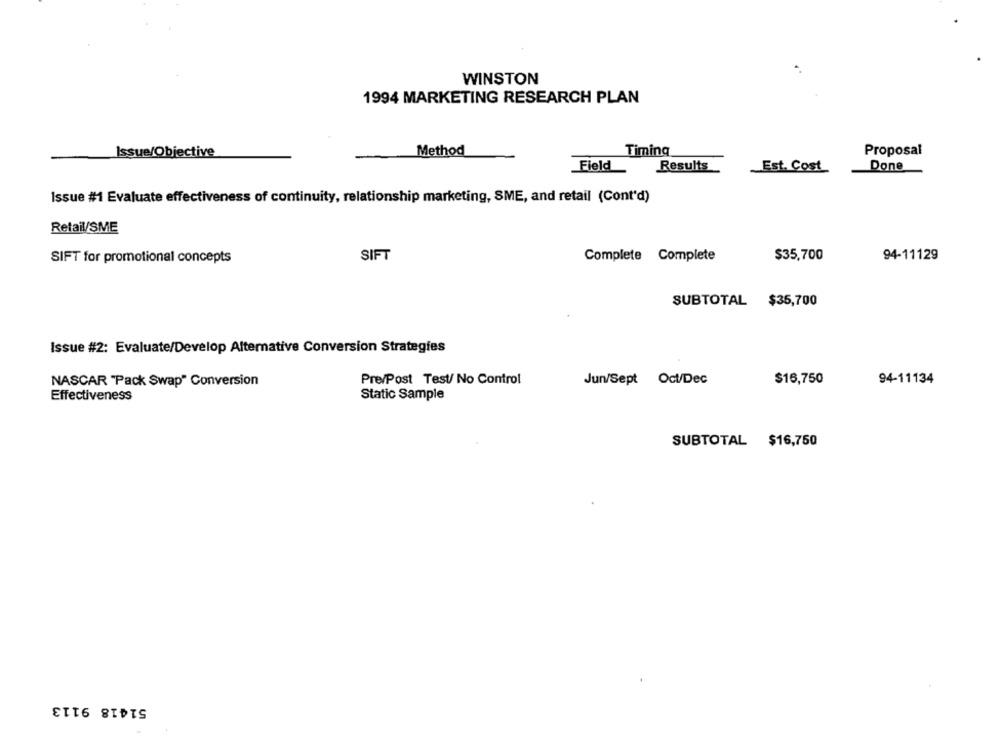
WINSTON
1994 MARKETING RESEARCH PLAN
Issue/Objective
Method
Timing
Proposal
Field
Results
Est. Cost
Done
Issue #1 Evaluate effectiveness of continuity, relationship marketing, SME, and retail (Cont'd)
Retail/SME
SIFT for promotional concepts
SIFT
Complete Complete
$35,700
94-11129
SUBTOTAL $35,700
Issue #2: Evaluate/Develop Alternative Conversion Strategies
NASCAR "Pack Swap" Conversion
Pre/Post Test/ No Control
Jun/Sept Oct/Dec
$16,750
94-11134
Effectiveness
Static Sample
SUBTOTAL $16,750
51418 9113